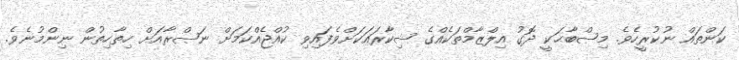
ކަންތައް ނުކުރީހެވެ. މިޞްބާޙަކީ ދޮގު އިލްޒާމްތަކެއްގެ ޝިކާރައަކަށްވެފައިވި ކުއްޖެއްކަމަށް ނަޞްރާއަށް ހިތާހިތުން ނިންމުނެވެ.